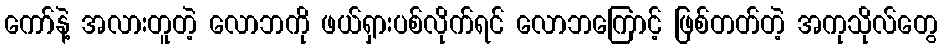
ကော်နဲ့ အလားတူတဲ့ လောဘကို ဖယ်ရှားပစ်လိုက်ရင် လောဘကြောင့် ဖြစ်တတ်တဲ့ အကုသိုလ်တွေ